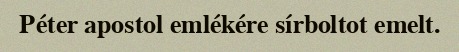
Péter apostol emlékére sírboltot emelt.